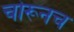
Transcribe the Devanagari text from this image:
चोरूनच